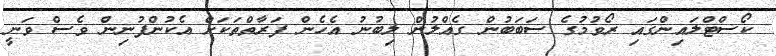
ކޯސްޓްލައިންގައި ރޯވުމުގެ ސަބަބުން ގެއްލުން ލިބުނު އެހެން ފަރާތްތަކަށް އެކުންފުނިން ވެސް ވަނީ